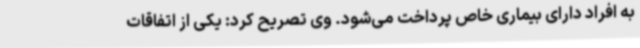
به افراد دارای بیماری خاص پرداخت می‌شود. وی تصریح کرد: یکی از اتفاقات